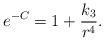
LaTeX: \begin{align*}e^{-C} = 1 + \frac{k_3}{r^4} .\end{align*}